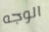
الوجه